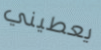
يعطيني